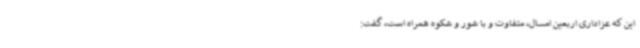
این که عزاداری اربعین امسال، متفاوت و با شور و شکوه همراه است، گفت: